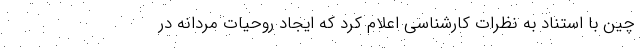
چین با استناد به نظرات کارشناسی اعلام کرد که ایجاد روحیات مردانه در